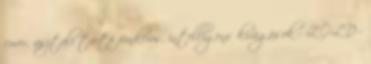
cover, asztali tartó funkciós, intelligens kivágások - ZÖLD -